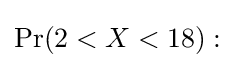
\Pr(2<X<18):